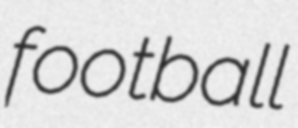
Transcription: football